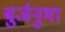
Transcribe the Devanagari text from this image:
बुर्जनुमा